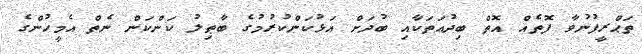
ތަޙްރީފުނުވާ ފޮތެއް އޮތް ބިދުޢަތަކާއި ބުދަށް އަޅުކަންކުރުމުގެ ބާޠިލު ކަންކަން ނެތް އެމީހުންގެ